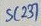
Text: SC237